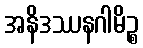
အနိဒဿနဂါမိဉ္စ